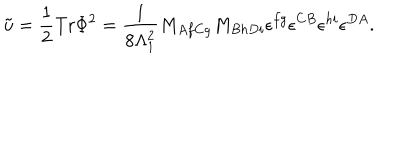
\tilde { u } = \frac { 1 } { 2 } \mathrm { T r } \Phi ^ { 2 } = \frac { 1 } { 8 \Lambda _ { 1 } ^ { 2 } } M _ { A f C g } M _ { B h D i } \epsilon ^ { f g } \epsilon ^ { C B } \epsilon ^ { h i } \epsilon ^ { D A } .